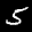
Digit: 5